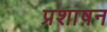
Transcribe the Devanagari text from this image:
प्रशाषन